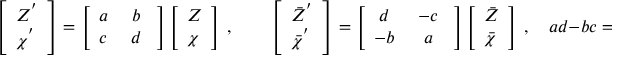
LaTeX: \left[ \begin{array} { l } { { { \cal Z } ^ { ' } } } \\ { { { \cal \chi } ^ { ' } } } \end{array} \right] = \left[ \begin{array} { c c } { { a \ } } & { { b \ } } \\ { { c \ } } & { { d \ } } \end{array} \right] \left[ \begin{array} { l } { { { \cal Z } } } \\ { { { \cal \chi } } } \end{array} \right] \ , \qquad \left[ \begin{array} { l } { { { \bar { \cal Z } } ^ { ' } } } \\ { { { \bar { \cal \chi } } ^ { ' } } } \end{array} \right] = \left[ \begin{array} { c c } { { d \ } } & { { - c \ } } \\ { { - b \ } } & { { a \ } } \end{array} \right] \left[ \begin{array} { l } { { { \bar { \cal Z } } } } \\ { { { \bar { \cal \chi } } } } \end{array} \right] \ , \quad a d - b c = 1 \ ,